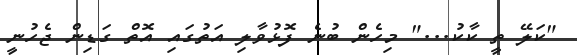
"ކަލޭ ތީ ކާކު..." މިހެން ބުނެ ފޮޅުވާލި އަތުގައި އޮތް ގަޑިން ޖެހުނީ